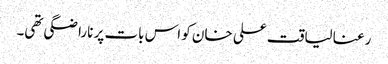
رعنا لیاقت علی خان کو اس بات پر ناراضگی تھی۔